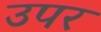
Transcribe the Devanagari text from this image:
उपर